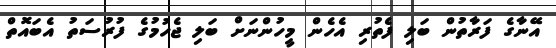
އޭނާގެ ފަރާތުން ބަލި ފެތުރި އެހެން މީހުންނަށް ބަލި ޖެހުމުގެ ފުރުސަތު އެބައޮތް